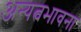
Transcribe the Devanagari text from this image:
अन्यत्वभावना